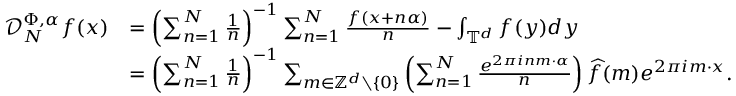
\begin{array} { r l } { \mathcal D _ { N } ^ { \Phi , \alpha } f ( x ) } & { = \left( \sum _ { n = 1 } ^ { N } \frac { 1 } { n } \right) ^ { - 1 } \sum _ { n = 1 } ^ { N } \frac { f ( x + n \alpha ) } { n } - \int _ { \mathbb { T } ^ { d } } f ( y ) d y } \\ & { = \left( \sum _ { n = 1 } ^ { N } \frac { 1 } { n } \right) ^ { - 1 } \sum _ { m \in \mathbb { Z } ^ { d } \setminus \{ 0 \} } \left( \sum _ { n = 1 } ^ { N } \frac { e ^ { 2 \pi i n m \cdot \alpha } } { n } \right) \widehat { f } ( m ) e ^ { 2 \pi i m \cdot x } . } \end{array}